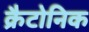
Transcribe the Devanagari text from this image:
क्रैटोनिक